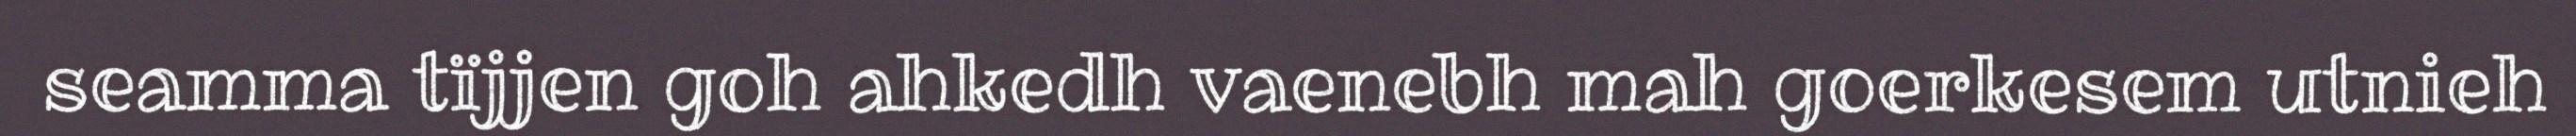
seamma tïjjen goh ahkedh vaenebh mah goerkesem utnieh